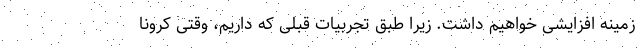
زمینه افزایشی خواهیم داشت. زیرا طبق تجربیات قبلی که داریم، وقتی کرونا